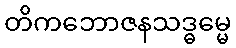
တိကဘောဇနသဒ္ဓမ္မေ